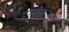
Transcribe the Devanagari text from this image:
होनोरिअस